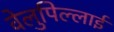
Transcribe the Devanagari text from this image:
वेलुपिल्लाई